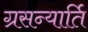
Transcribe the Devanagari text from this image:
ग्रसन्यार्ति